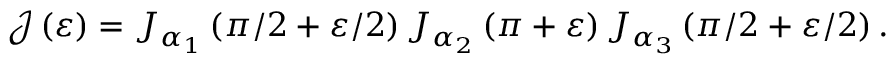
\mathcal { J } \left( \varepsilon \right) = J _ { \alpha _ { 1 } } \left( \pi / 2 + \varepsilon / 2 \right) J _ { \alpha _ { 2 } } \left( \pi + \varepsilon \right) J _ { \alpha _ { 3 } } \left( \pi / 2 + \varepsilon / 2 \right) .